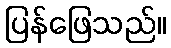
ပြန်ဖြေသည်။